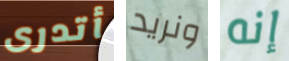
أتدرى ونريد إنه